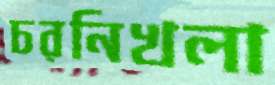
চরনিখলা